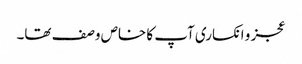
عجز و انکساری آپ کا خاص وصف تھا۔